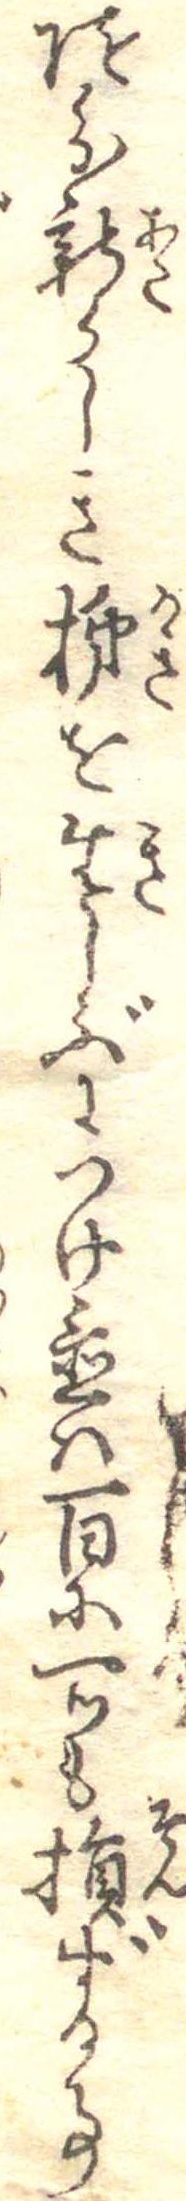
随分新らしき柿を生しぶにつけ置は百に一つも損ずる事